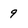
Character: 9